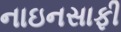
નાઇનસાફી